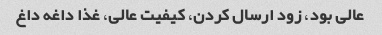
عالی بود، زود ارسال کردن، کیفیت عالی، غذا داغه داغ